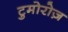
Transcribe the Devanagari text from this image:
टुमोरोज़